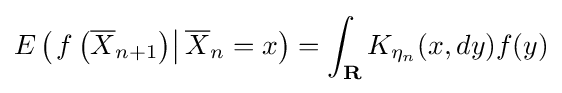
E\left(\left.f\left({\overline {X}}_{n+1}\right)\right|{\overline {X}}_{n}=x\right)=\int _{\mathbf {R} }K_{\eta _{n}}(x,dy)f(y)